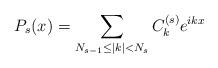
LaTeX: \begin{align*}P_s(x)=\sum_{N_{s-1}\leq |k|<N_s} C_k^{(s)}e^{ikx}\end{align*}